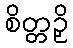
စိတ္တဉှိ